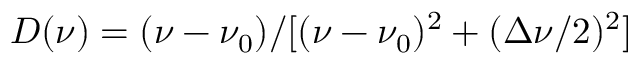
D ( \nu ) = ( \nu - \nu _ { 0 } ) / [ ( \nu - \nu _ { 0 } ) ^ { 2 } + ( \Delta \nu / 2 ) ^ { 2 } ]